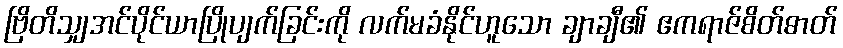
ဗြိတိသျှအင်ပိုင်ယာပြိုပျက်ခြင်းကို လက်မခံနိုင်ဟူသော ချာချီ၏ ဧကရာဇ်စိတ်ဓာတ်